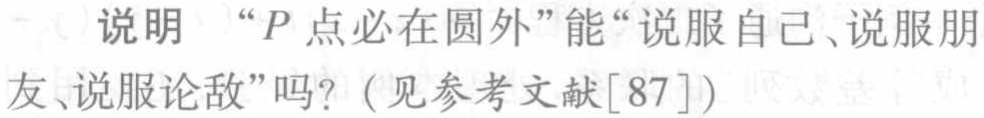
说明 “\(P\)点必在圆外”能“说服自己、说服朋友、说服论敌”吗？(见参考文献[87])